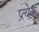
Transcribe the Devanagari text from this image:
प्र्त्येक